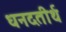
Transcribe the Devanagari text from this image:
धनदतीर्थ